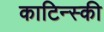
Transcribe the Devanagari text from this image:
काटिन्स्की